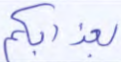
بعذابكم